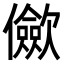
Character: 𠑁